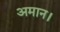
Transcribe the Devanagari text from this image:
अमान।